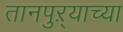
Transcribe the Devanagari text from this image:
तानपुऱ्याच्या